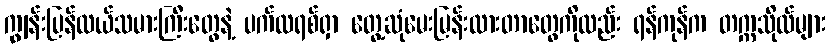
ကျွန်းပြန်လယ်သမားကြီးတွေနဲ့ ပက်ထရစ်ရှာ တွေ့ဆုံမေးမြန်းထားတာတွေကိုလည်း ရန်ကုန်က တက္ကသိုလ်များ